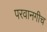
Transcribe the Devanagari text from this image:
परवानगीच